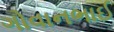
ગોવાનભાઈ